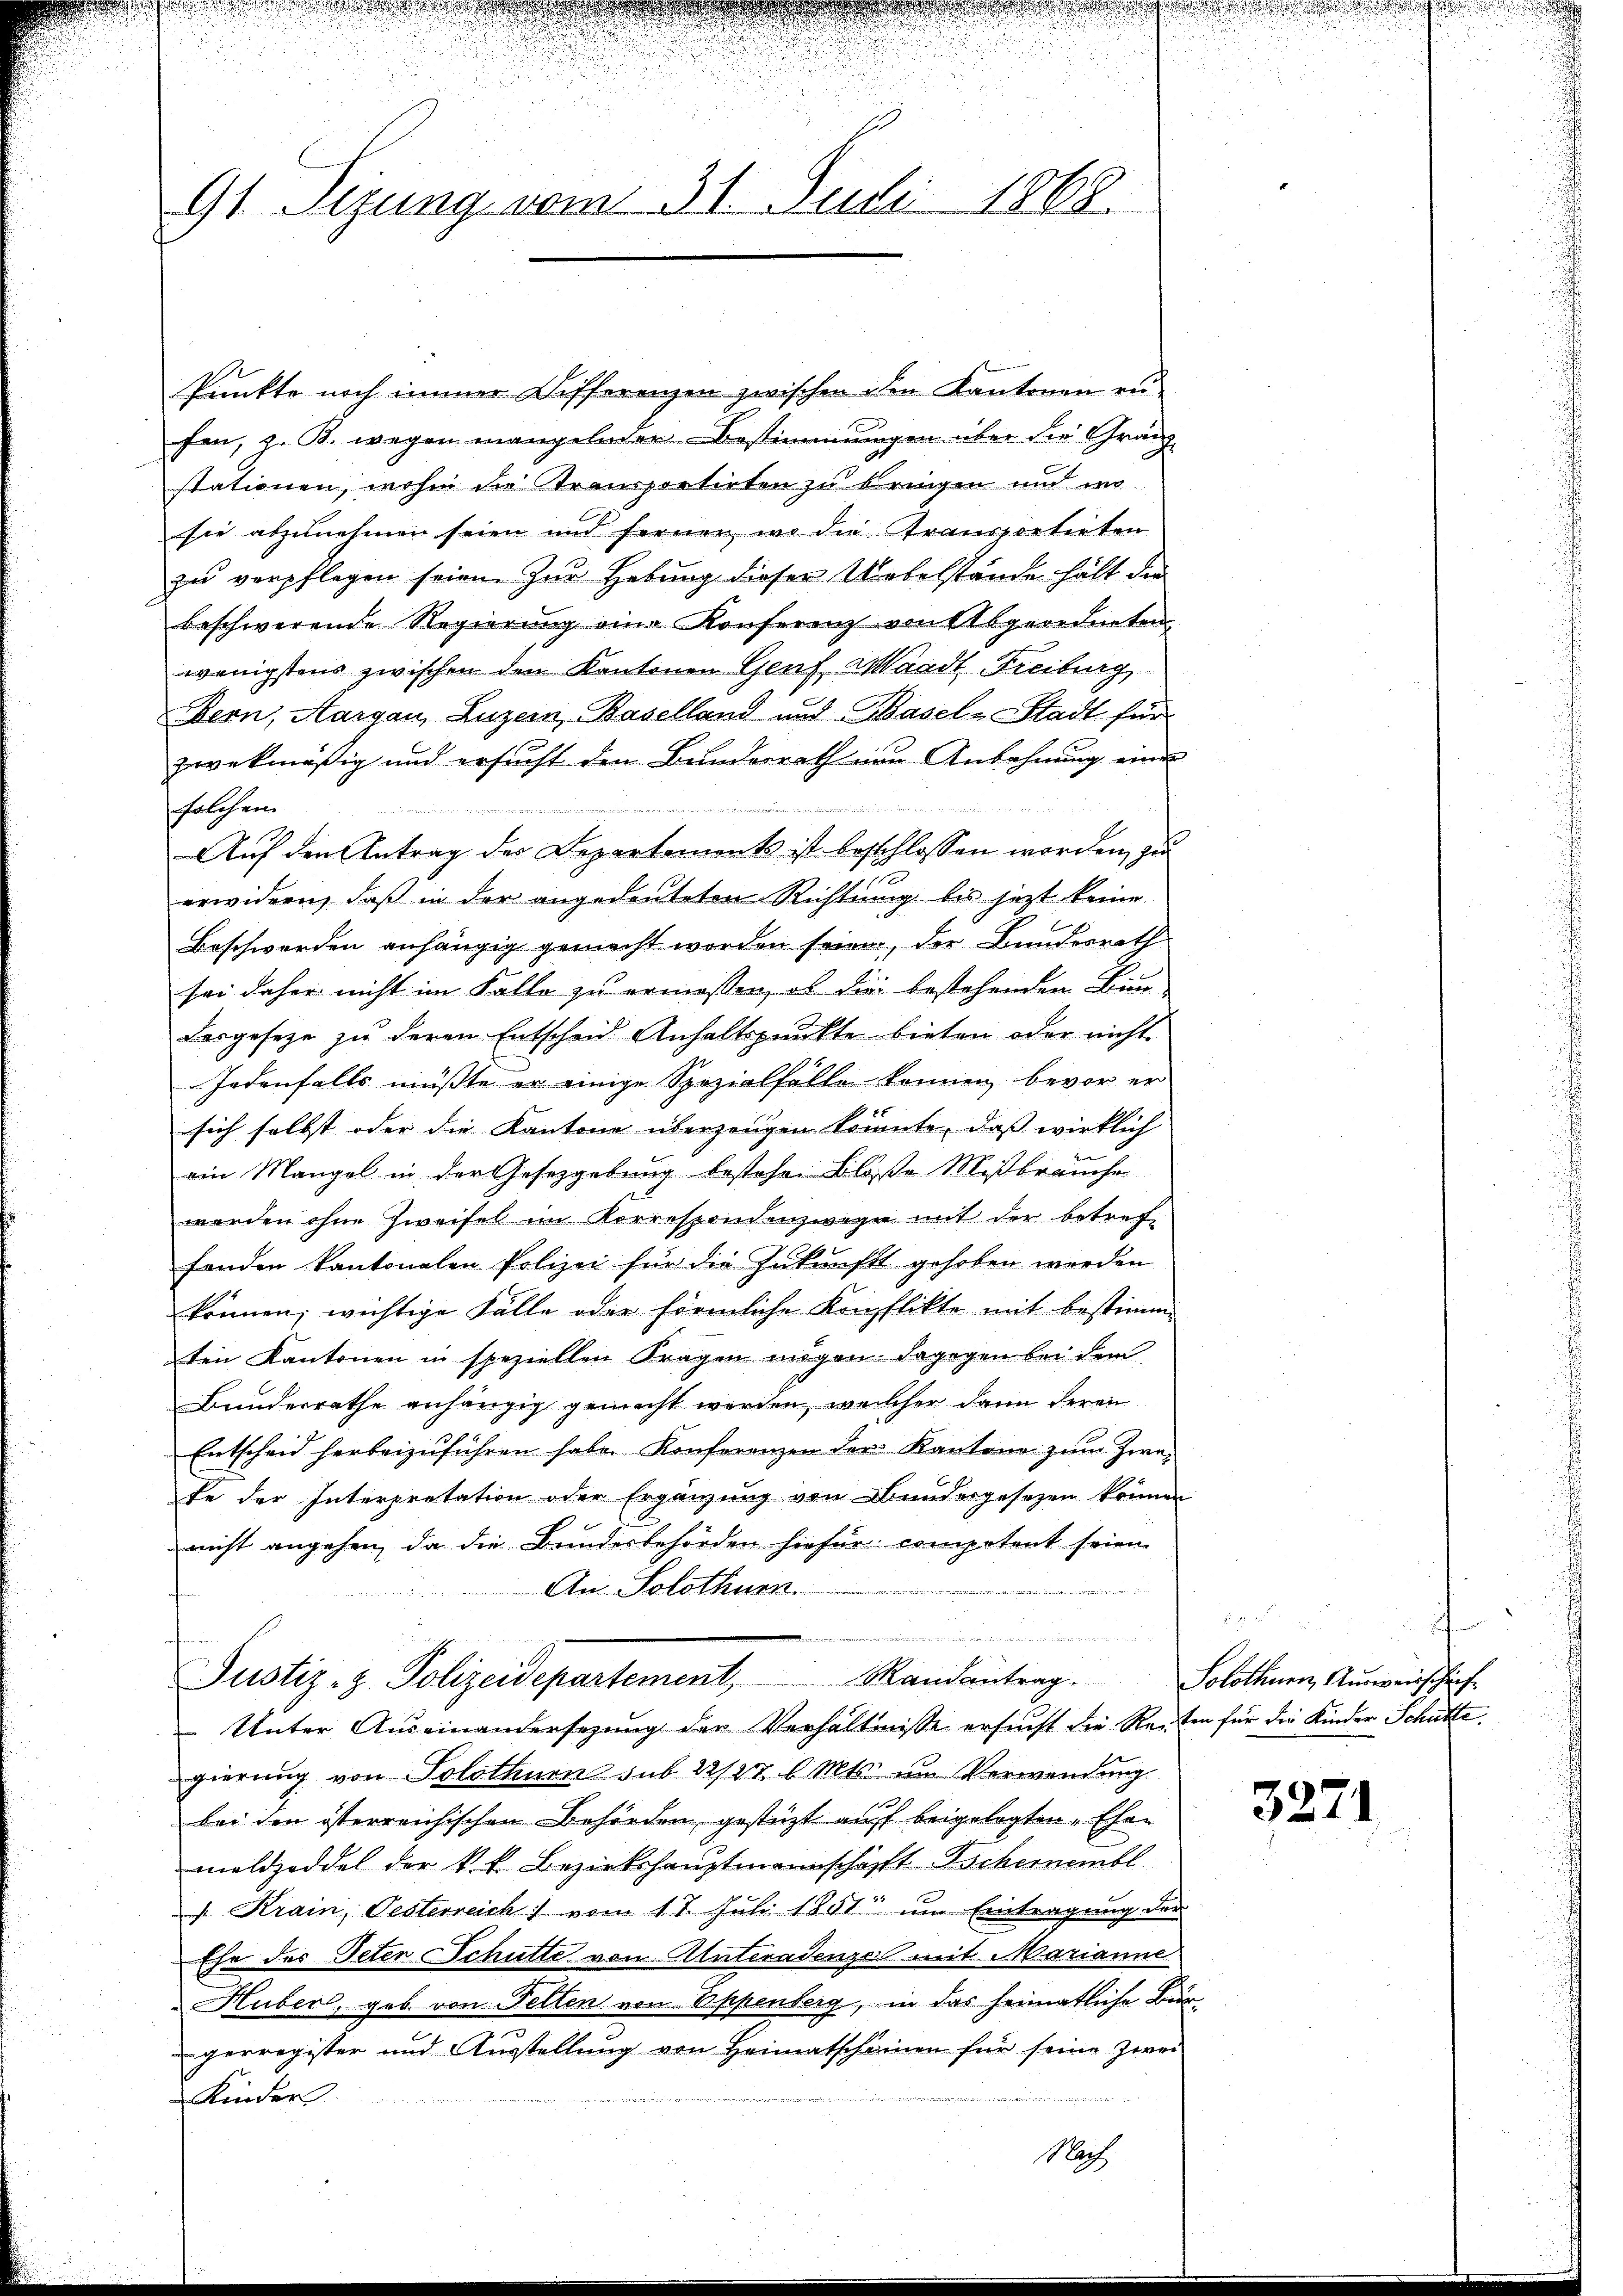
91 Sizung vom 31. Juli 1868.

Punkte noch immer Differenzen zwischen den Kantonen zu
fen, z. B. wegen mangelnder Bestimmungen über die Gränzstationen, wohin die Transportirten zu bringen und wo
sie abzunehmen seien und fernen, wo die Transportirten
zu verpflegen seien. Zur Hebung dieser Uebelstände hält den
beschwerende Regierŭng eine Konferenz von Abgeordneten
wenigstens zwischen den Kantonen Genf Waadt Freiburg
Bern, Aargau, Luzern, Baselland und Basel-Stadt für
zwekmäßig und ersucht den Bundesrath nur Anwohnung einer

solchen
Auf den Antrag des Departement ist beschlossen worden, zu
erwidern, daß in der angedeuteten Richtung bis jetzt keine
Beschwerden anhängig gemacht worden seien, der Bundesrath
sei daher nicht im Falle zu ermassen, ob die bestehenden Bind
Dasgeseze zu deren Entscheid Anhaltspunkte bieten oder nicht
Jedenfalls müßte er einige Spezialfälle können bevor er
sich selbst oder die Kantone überzeugen könnte, daß wirklich
ein Mangel in der Gesetzgebung bestehe. Blose Mißbräuche
werden ohne Zweifel im Korrespondenzwegen mit der betreffonden kantonalen Polizei für die Zukunft gehoben werden
können; wichtige Fälle oder förmliche Konflikte mit bestimm
ten Kantonen in speziellen Fragen mögen. Dagegen bei dem
Bundesrathe anhängig gemacht werden, welcher dann deren
Entscheid herbeizuführen habe. Konferenzen der Kantone zum Zwe-
te der Interpretation oder Ergänzung von Bundesgesezen können
nicht angehen, da die Bundesbehörden hiefür competent seien
An Solothurn.
Diner in der
u
Justiz-Z. Polizeidepartement, Randantrag.
Unter Auseinandersezung der Verhältnisse ersucht die Reiten für die Kinder Schütte
gierung von Solothurn sub 22/2 6 Mts. im Verwendung
bei den österreichischen Behörden, gestützt auf beigelegten Ehen
maldzoddel der k.k. Bezirkshauptmannschafft-Schernembl
. Krain, Pesterreich vom 17. Juli 1851 im Eintragung der
Ehe des Peten Schütte von Unteradenze mit Marianne
Huber, gab von Felten von Oppenberg, in das heimatliche Bürgerregister und Ausstellung von Heimatscheinen für seine Zwei
Kinder

Nach

e
Solothurn, Ausweisschrif

3271